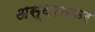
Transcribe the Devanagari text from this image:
अस्थानकर